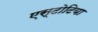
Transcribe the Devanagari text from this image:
एस्टोटिया